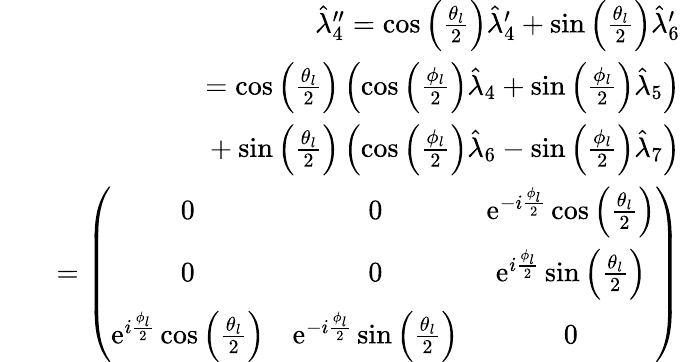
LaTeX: \begin{array}{rlr}&{}&{\hat{\lambda}_{4}^{\prime\prime}=\cos\left(\frac{\theta_{l}}{2}\right)\hat{\lambda}_{4}^{\prime}+\sin\left(\frac{\theta_{l}}{2}\right)\hat{\lambda}_{6}^{\prime}}\\ &{}&{=\cos\left(\frac{\theta_{l}}{2}\right)\left(\cos\left(\frac{\phi_{l}}{2}\right)\hat{\lambda}_{4}+\sin\left(\frac{\phi_{l}}{2}\right)\hat{\lambda}_{5}\right)}\\ &{}&{\ \ +\sin\left(\frac{\theta_{l}}{2}\right)\left(\cos\left(\frac{\phi_{l}}{2}\right)\hat{\lambda}_{6}-\sin\left(\frac{\phi_{l}}{2}\right)\hat{\lambda}_{7}\right)}\\ &{}&{=\left(\begin{array}{ccc}{0}&{0}&{\mathrm{e}^{-i\frac{\phi_{l}}{2}}\cos\left(\frac{\theta_{l}}{2}\right)}\\ {0}&{0}&{\mathrm{e}^{i\frac{\phi_{l}}{2}}\sin\left(\frac{\theta_{l}}{2}\right)}\\ {\mathrm{e}^{i\frac{\phi_{l}}{2}}\cos\left(\frac{\theta_{l}}{2}\right)}&{\mathrm{e}^{-i\frac{\phi_{l}}{2}}\sin\left(\frac{\theta_{l}}{2}\right)}&{0}\end{array}\right)}\end{array}